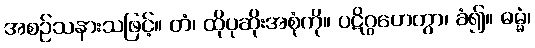
အစဉ်သနားသဖြင့်။ တံ၊ ထိုပုဆိုးအစုံကို။ ပဋိဂ္ဂဟေတွာ၊ ခံ၍။ ဓမ္မံ၊